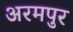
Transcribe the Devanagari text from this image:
अरमपुर